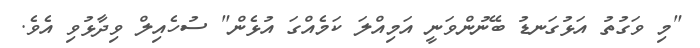
"މި ވަގުތު އަޅުގަނޑު ބޭނުންވަނީ އަމިއްލަ ކަމެއްގަ އުޅެން" ސުހެއިލް ވިދާޅުވި އެވެ.